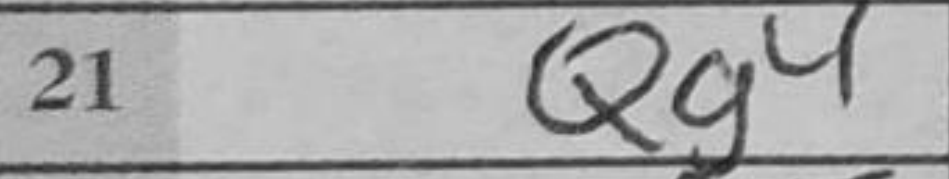
Transcription: Qg4